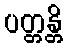
ပတ္တန္တိ